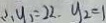
\therefore y _ { 1 } = 2 2 . y _ { 2 } = 1